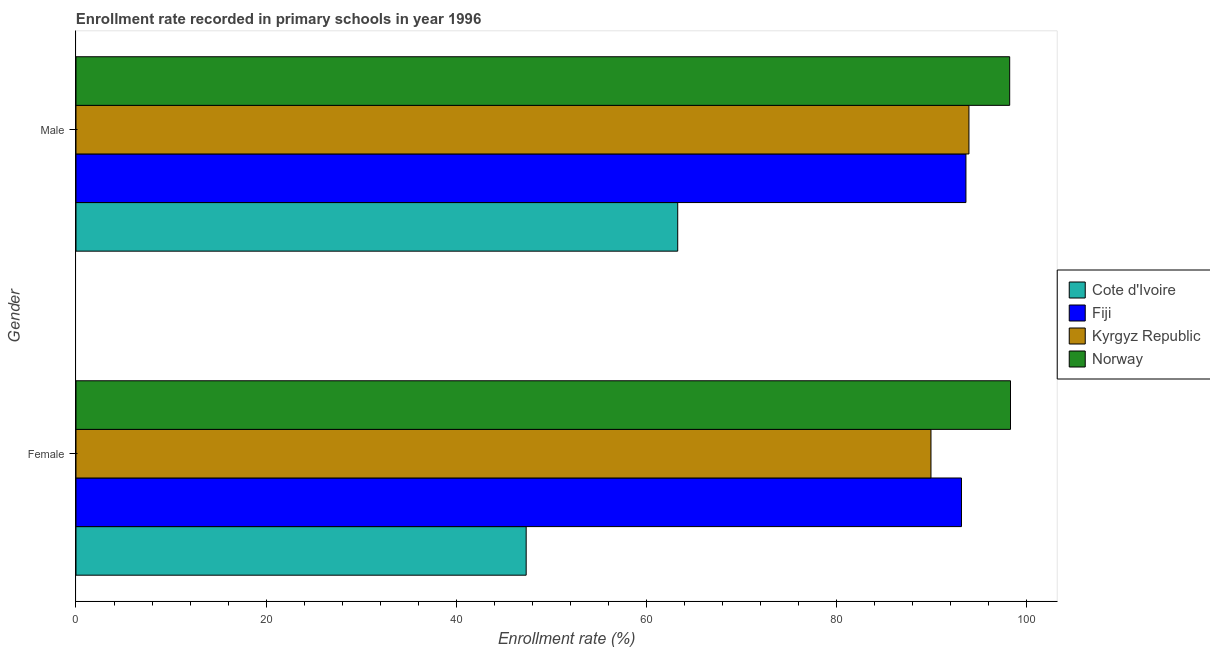
| Gender | Cote d'Ivoire | Fiji | Kyrgyz Republic | Norway |
 | --- | --- | --- | --- | --- |
 | Female | 47.4 | 93.2 | 90 | 98.3 |
 | Male | 63.3 | 93.7 | 94 | 98.3 |